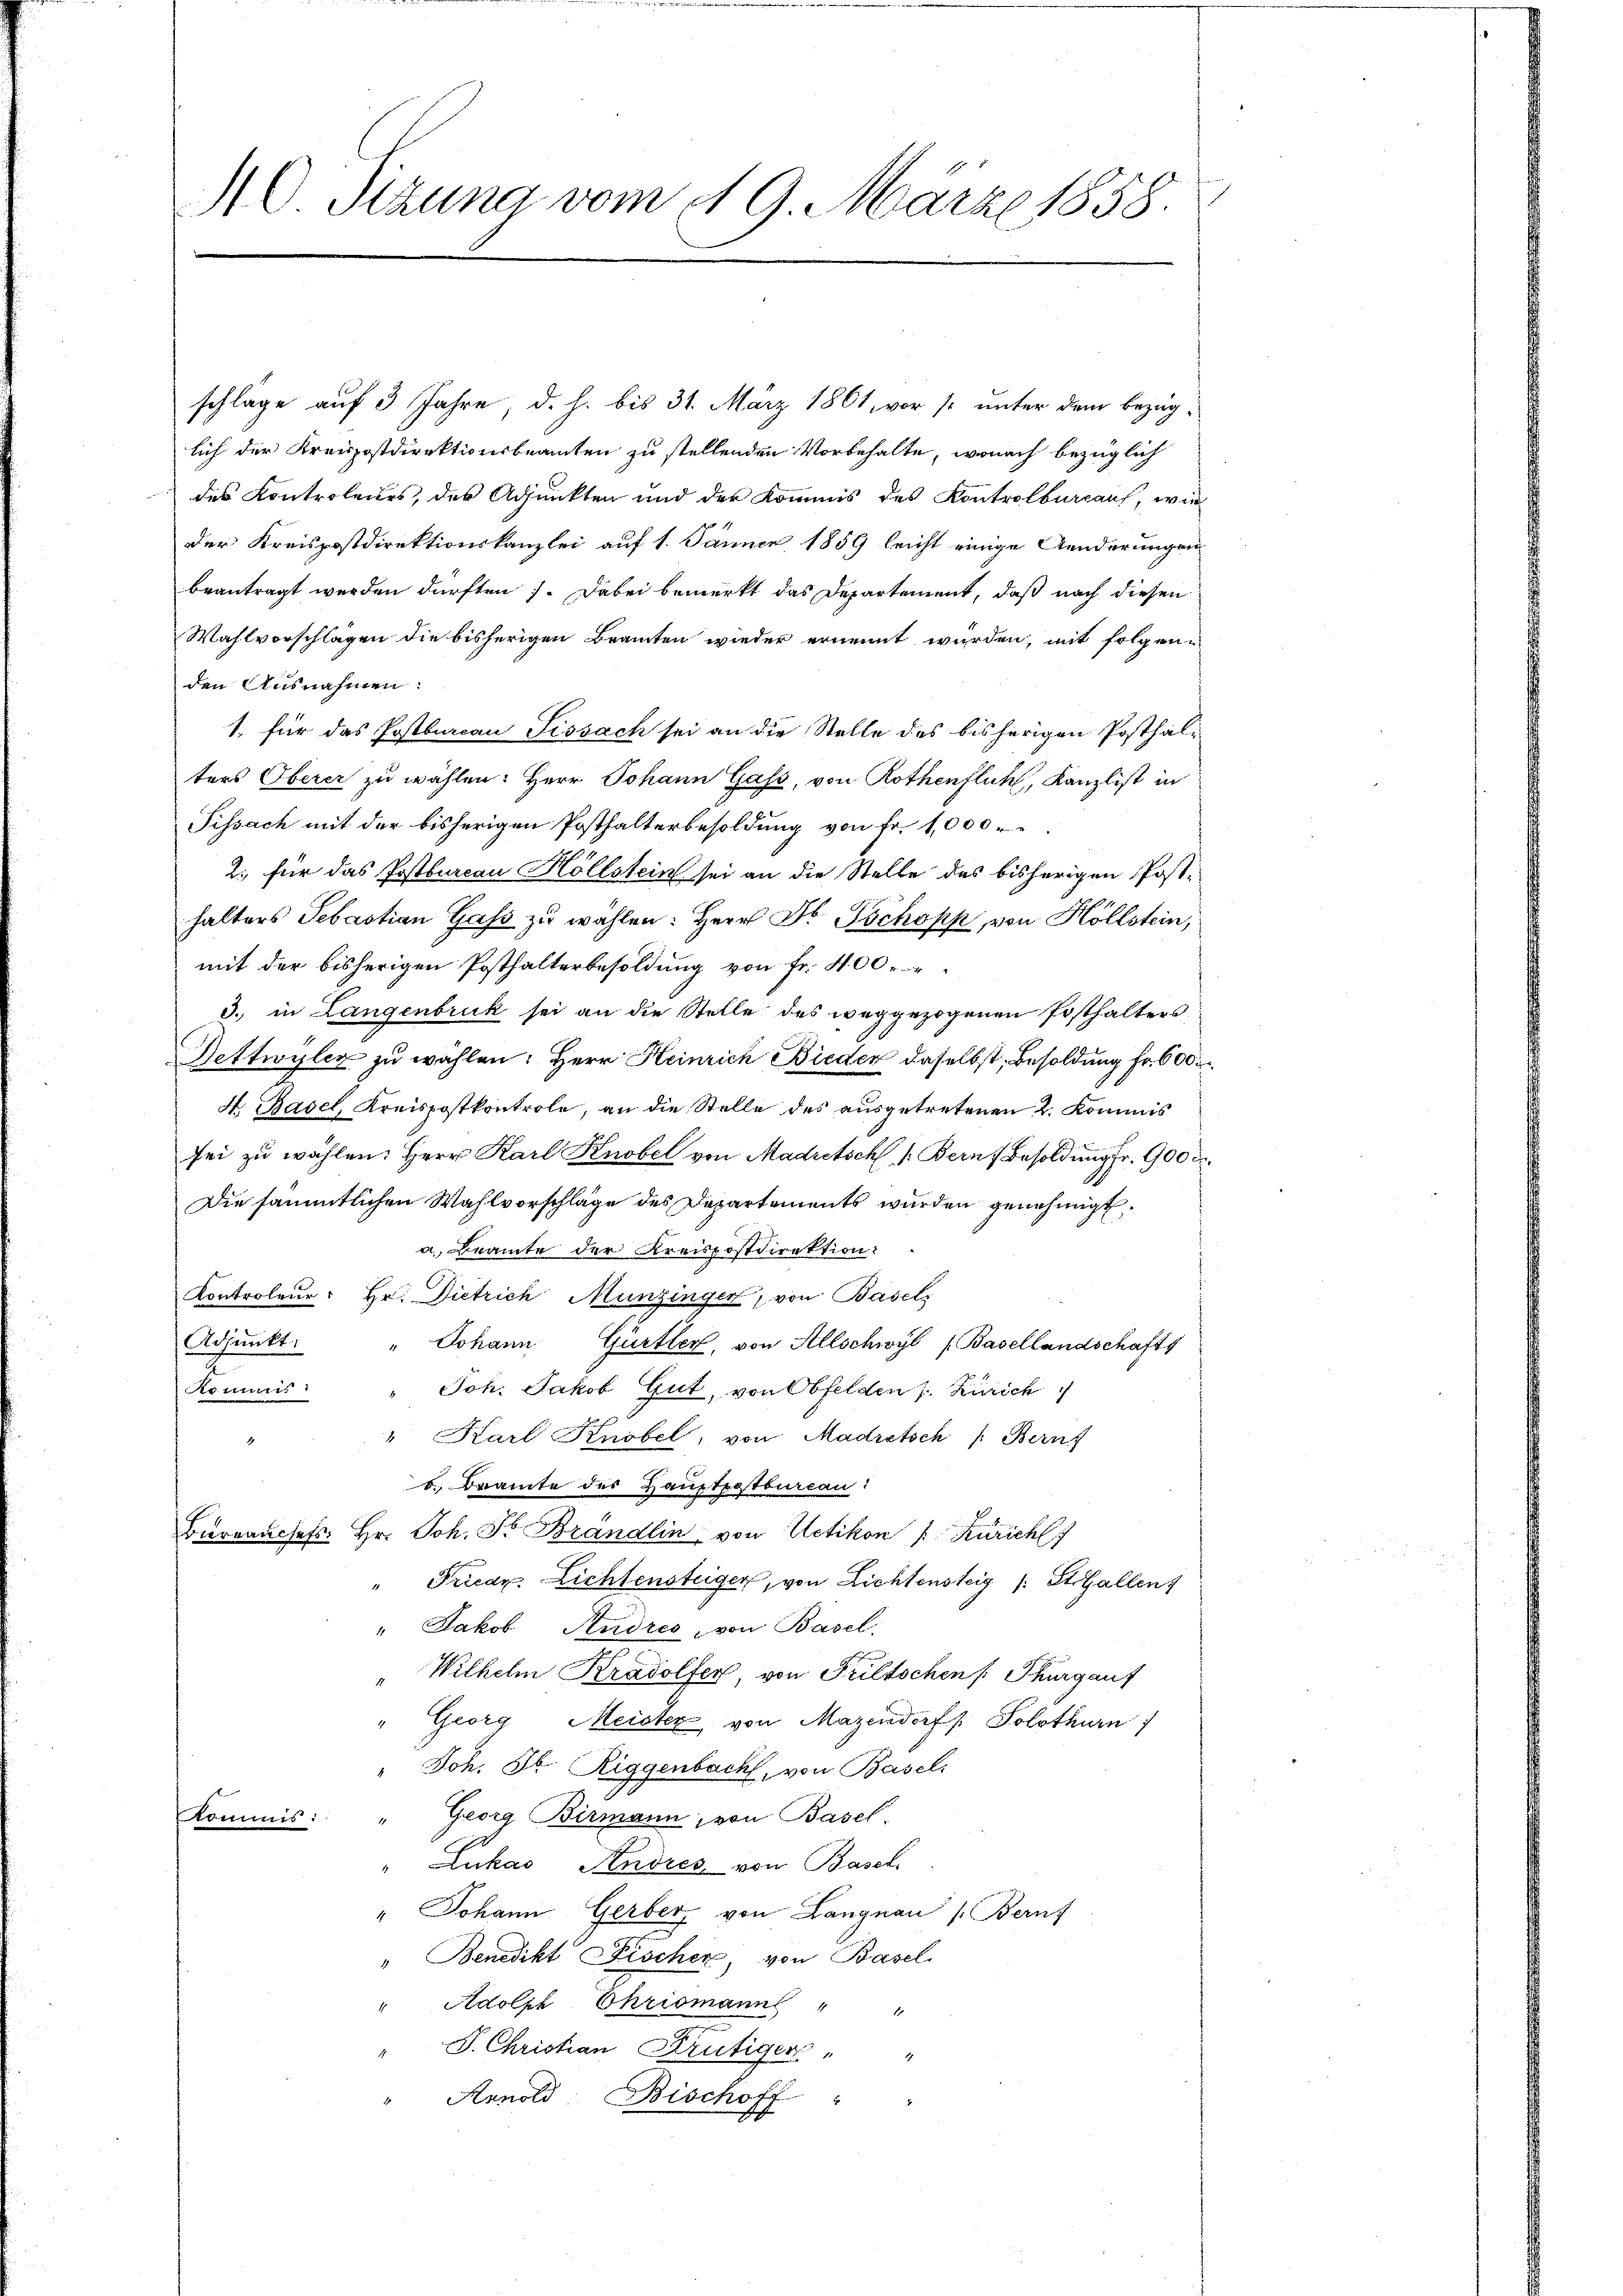
O Sizung vom 19. März 1858.

schlage auf 3 Jahre, d. h. bis 31. März 1861, vor so unter dem bezüglich der Kreispostdirektionsbeamten zu stellenden Vorbehalte, wonach bezüglich
des Kontroleurs, des Adjunkten und der Kommis des Kontrolbureau, wie
der Kreispostdirektionskanzlei auf 1. Jänner 1859 leicht einige Aenderungen
beantragt werden dürften. Dabei bemerkt das Departement, daß nach diesen
Wahlvorschlägen die bisherigen Beamten wieder ernennt wurden, mit folgen-
den Ausnahmen:
1. für das Postbureau Tissach sei an die Stelle des bisherigen Posthalters Oberer zu wählen: Herr Johann Gass, von Rothenfluh, Kanzlist in
Fissach mit der bisherigen Posthalterbesoldung von Fr. 1,000
2. für das Postbarcan Höllstein sei an die Stelle des bisherigen Post-
halters Sebastian Gass zu wählen: Herr Dr. Tschopp, von Hollstein,
mit der bisherigen Posthalterbesoldung von Fr. 400
3. in Langenbruck sei an die Stelle des weggezogenen Posthalters,
Dettwyler zu wählen: Herr Heinrich Bieder daselbst, Besoldung Fr. 600
H. Basel, Kreispostkontrole, an die Stelle des ausgetretenen 2. Kommis
sei zu wählen: Herr Karl Knobel von Madretsch /: Bern, Besoldung fr. 900 d.
Die sämmtlichen Wahlvorschläge des Departements wurden genehmigt,
a. Beamte der Kreispostdirektion:
Kontroleur: Hr. Dietrich Münzinger, von Basels
Adjunkt.
" Johann Gürtler, von Allschwyl (Basellandschafts
Kommis
Joh. Jakob Gut, von Obfelden s. Zürich
" Karl Knobel, von Madretsch /: Bern
17
b. Bramte des Hauptpostburcau:
Birranchefs: Hr. Joh. Fr. Brandlin von Uetikon u Züricht
Frican Lichtensteiger, von Lichtensteig (: St. Gallen
" Jakob Rundres von Basel.
Wilhelm Kradolfen von Priltschen Thurgauf
" Georg Meister von Mazendorf /: Solothurn
" Joh. Jb. Riggenbach, von Basel-
Kommis: " Georg Birmann, von Basel.
" Lukas Andres von Basel
" Johann Gerber von Langnau (Bernf
" Benedikt Fischer, von Basel.
" Adolph Chrismann
J. Christian Frutiger " "
Arnold Bischoff